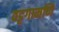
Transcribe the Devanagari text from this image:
वट्टगामणि